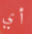
أي